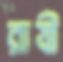
রাযী